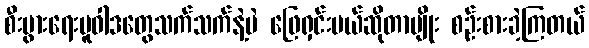
စီးပွားရေးမူဝါဒတွေသက်သက်နဲ့ပဲ ဖြေရှင်းမယ်ဆိုတာမျိုး စဉ်းစားခဲ့ကြတယ်